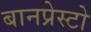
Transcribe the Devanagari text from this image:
बानप्रेस्टो